Vaccination in Bombay 1902-1912 - 1902-1912
Year: 1902
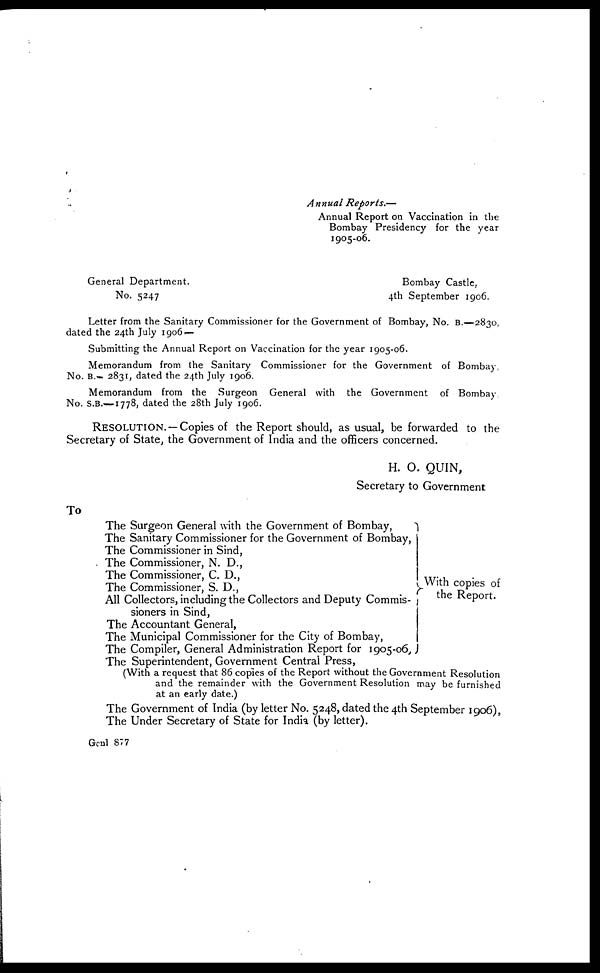
Annual
Reports.—
Annual Report on Vaccination in the
Bombay Presidency for the year
1905-06.
General Department.
Bombay Castle,
No. 5247
4th September 1906.
Letter from the Sanitary Commissioner for the Government of Bombay, No. B.—2830,
dated the 24th July 1906 —
Submitting the Annual Report on Vaccination for the year 1905-06.
Memorandum from the Sanitary Commissioner for the Government of Bombay,
No. B.— 2831, dated the 24th July 1906.
Memorandum from the Surgeon General with the Government of Bombay.
No. S.B.—1778, dated the 28th July 1906.
RESOLUTION. — Copies of the Report should, as usual, be forwarded to the
Secretary of State, the Government of India and the officers concerned.
H. O. QUIN,
Secretary to Government
To
The Surgeon General with the Government of Bombay,
The Sanitary Commissioner for the Government of Bombay,
The Commissioner in Sind,
The Commissioner, N. D.,
The Commissioner, C. D.,
The Commissioner, S. D.,
All Collectors, including the Collectors and Deputy Commis-
sioners in Sind,
The Accountant General,
The Municipal Commissioner for the City of Bombay,
The Compiler, General Administration Report for 1905-06,
With copies of
the Report.
The Superintendent, Government Central Press,
(With a request that 86 copies of the Report without the Government Resolution
and the remainder with the Government Resolution may be furnished
at an early date.)
The Government of India (by letter No. 5248, dated the 4th September 1906),
The Under Secretary of State for India (by letter).
Genl 877